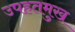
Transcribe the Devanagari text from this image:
उपहतमुख